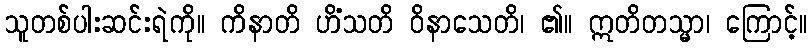
သူတစ်ပါးဆင်းရဲကို။ ကိနာတိ ဟိံသတိ ဝိနာသေတိ၊ ၏။ ဣတိတသ္မာ၊ ကြောင့်။